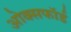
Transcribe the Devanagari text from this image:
ओक्सफॉर्ड